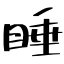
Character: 睡